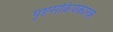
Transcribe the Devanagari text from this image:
पृष्टसक्रियकारक